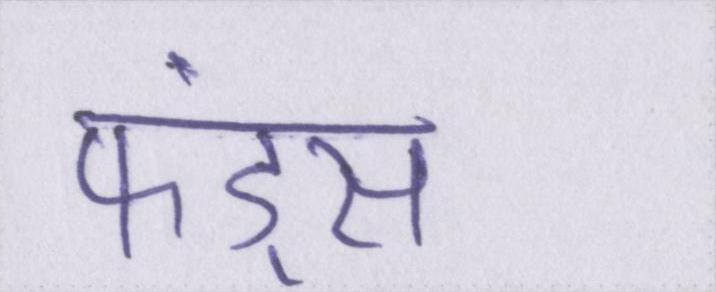
फंड्स